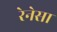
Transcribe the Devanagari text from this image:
रेनेसा